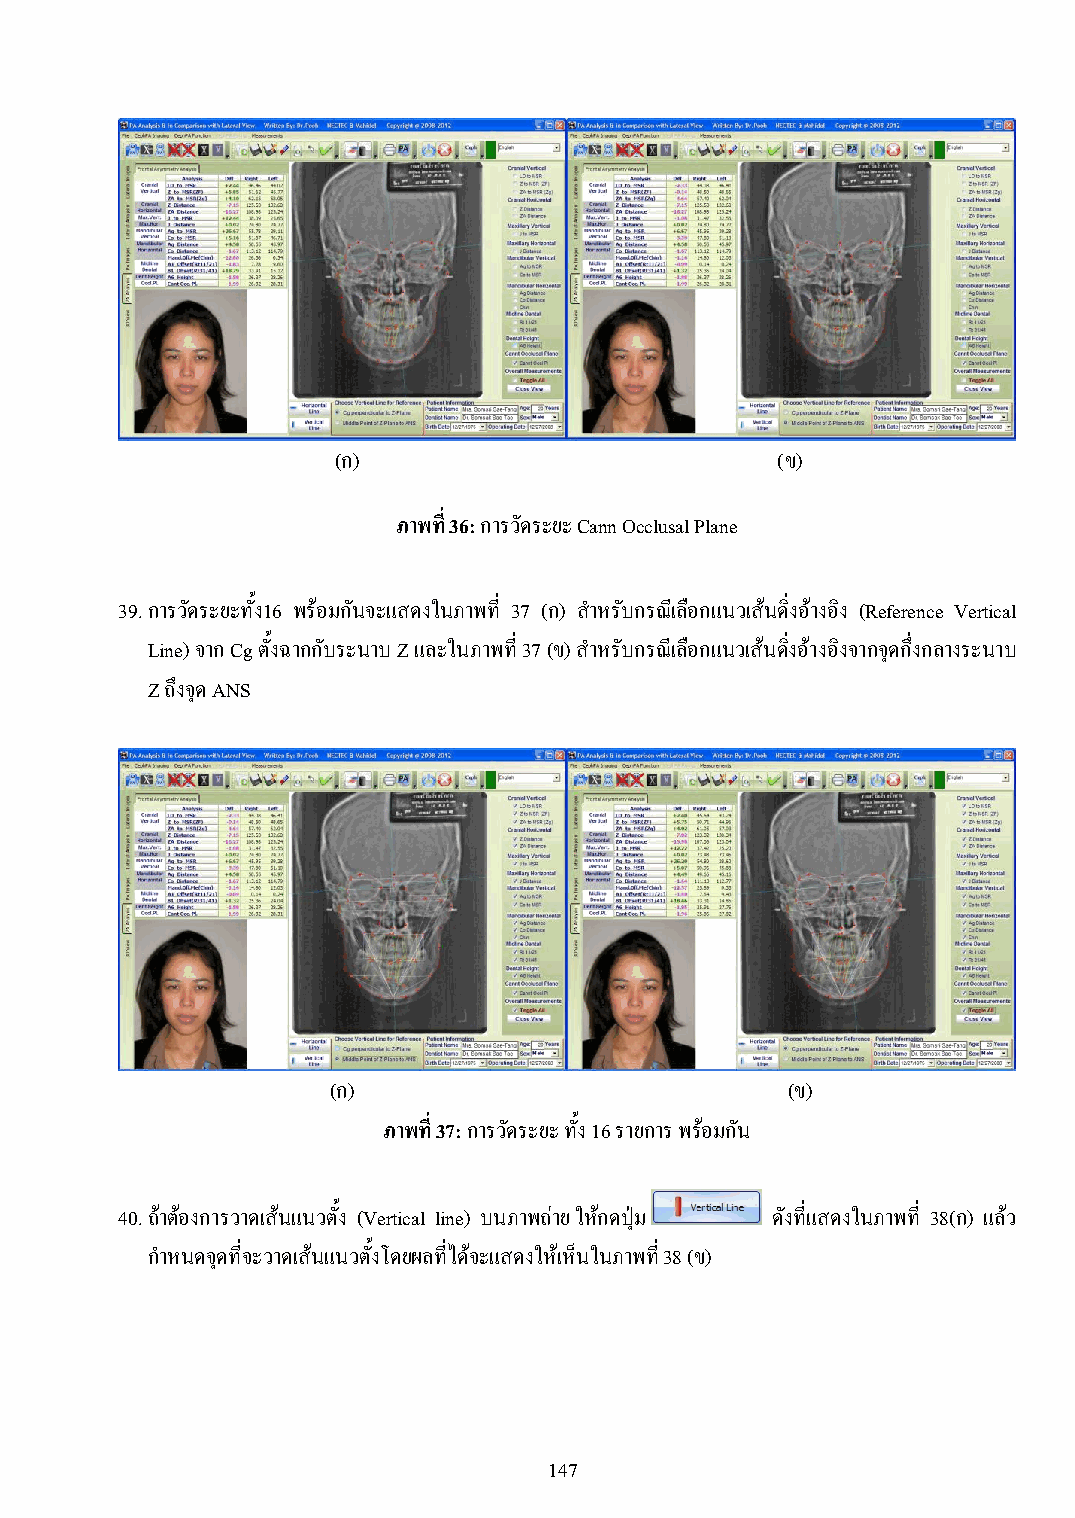
(ก)                          (ข)
 ภาพที่ 36: การวัดระยะ Cann Occlusal Plane
 39. การวัดระยะทั้ง16 พร้อมกันจะแสดงในภาพที่ 37 (ก) ส าหรับกรณีเลือกแนวเส้นดิ่งอ้างอิง (Reference Vertical
 Line) จาก Cg ตั้งฉากกับระนาบ Z และในภาพที่ 37 (ข) ส าหรับกรณีเลือกแนวเส้นดิ่งอ้างอิงจากจุดกึ่งกลางระนาบ
 Z ถึงจุด ANS
 (ก)                           (ข)
 ภาพที่ 37: การวัดระยะ ทั้ง 16 รายการ พร้อมกัน
 40. ถ้าต้องการวาดเส้นแนวตั้ง (Vertical line) บนภาพถ่าย ให้กดปุ่ม ดังที่แสดงในภาพที่ 38(ก) แล้ว
 ก าหนดจุดที่จะวาดเส้นแนวตั้งโดยผลที่ได้จะแสดงให้เห็นในภาพที่ 38 (ข)
 147